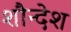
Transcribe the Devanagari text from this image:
शौन्देश